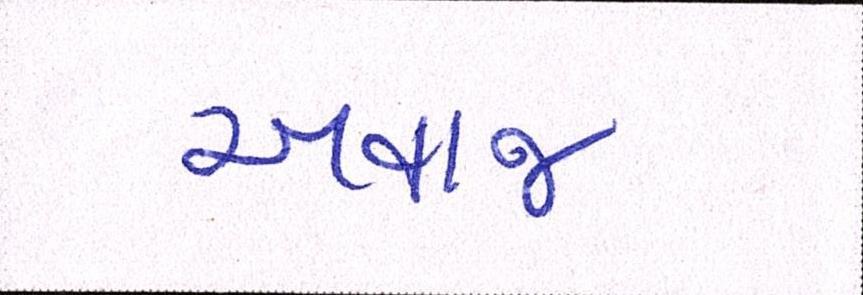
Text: અવાજ